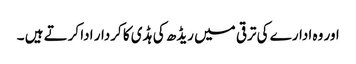
اور وہ ادارے کی ترقی میں ریڈھ کی ہڈی کا کردار ادا کرتے ہیں ۔